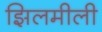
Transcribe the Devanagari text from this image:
झिलमीली